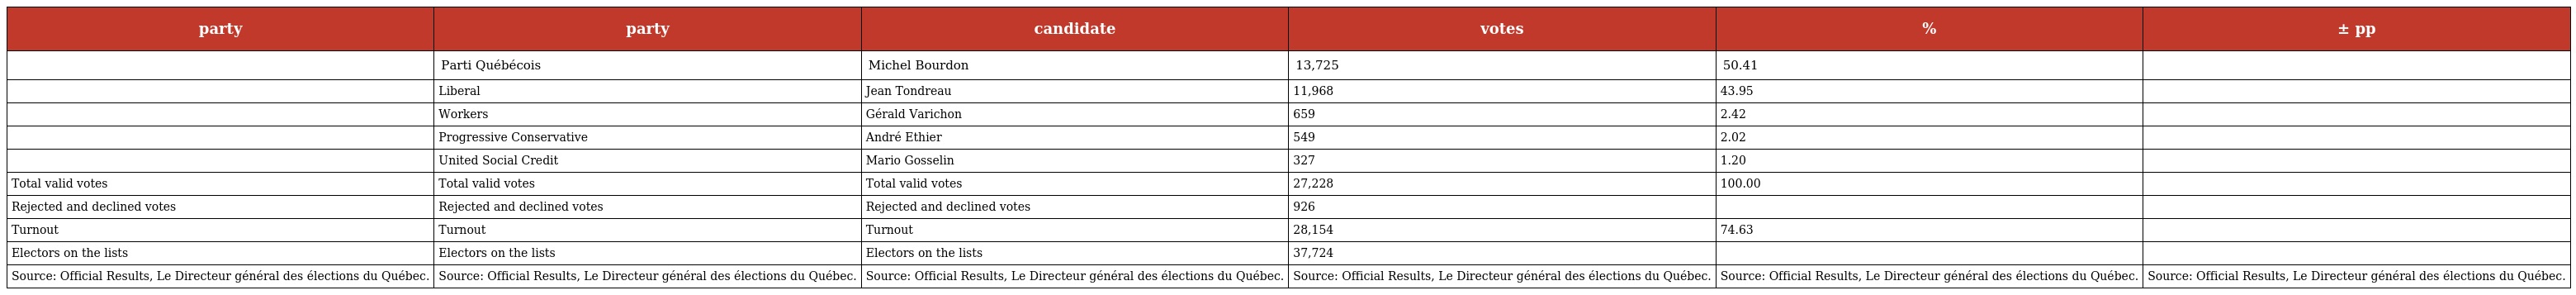
| party | party | candidate | votes | % | ± pp |
 | --- | --- | --- | --- | --- | --- |
 |  | Parti Québécois | Michel Bourdon | 13,725 | 50.41 |  |
 |  | Liberal | Jean Tondreau | 11,968 | 43.95 |  |
 |  | Workers | Gérald Varichon | 659 | 2.42 |  |
 |  | Progressive Conservative | André Ethier | 549 | 2.02 |  |
 |  | United Social Credit | Mario Gosselin | 327 | 1.20 |  |
 | Total valid votes | Total valid votes | Total valid votes | 27,228 | 100.00 |  |
 | Rejected and declined votes | Rejected and declined votes | Rejected and declined votes | 926 |  |  |
 | Turnout | Turnout | Turnout | 28,154 | 74.63 |  |
 | Electors on the lists | Electors on the lists | Electors on the lists | 37,724 |  |  |
 | Source: Official Results, Le Directeur général des élections du Québec. | Source: Official Results, Le Directeur général des élections du Québec. | Source: Official Results, Le Directeur général des élections du Québec. | Source: Official Results, Le Directeur général des élections du Québec. | Source: Official Results, Le Directeur général des élections du Québec. | Source: Official Results, Le Directeur général des élections du Québec. |